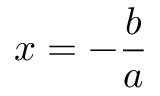
x = - { \frac { b } { a } }